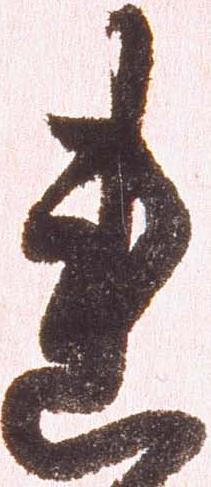
連